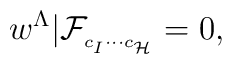
w^{\Lambda}\vert\mathcal{F}_{_{c_{I}\cdots c_{\mathcal{H}}}} = 0,